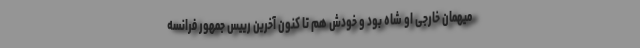
میهمان خارجی او شاه بود و خودش هم تا کنون آخرین رییس جمهور فرانسه